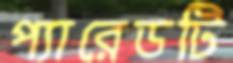
প্যারেডটি